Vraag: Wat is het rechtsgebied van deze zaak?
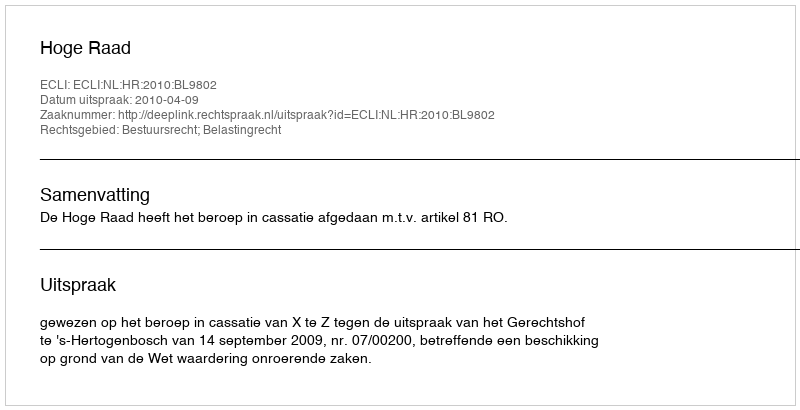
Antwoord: Bestuursrecht; Belastingrecht